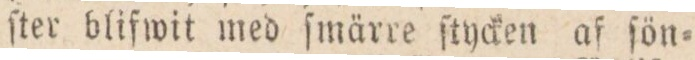
ſter blifwit med ſmärre ſtycken af ſön=